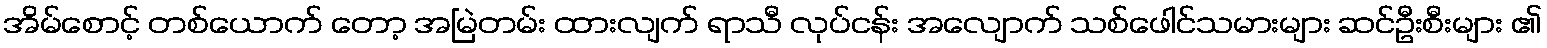
အိမ်စောင့် တစ်ယောက် တော့ အမြဲတမ်း ထားလျက် ရာသီ လုပ်ငန်း အလျောက် သစ်ဖေါင်သမားများ ဆင်ဦးစီးများ ၏